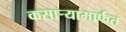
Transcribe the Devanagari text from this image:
कसार्‍यामार्फत